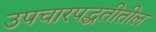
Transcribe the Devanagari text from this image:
उपचारपद्धतीतील